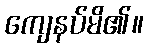
ကျေနပ်မိ၏။